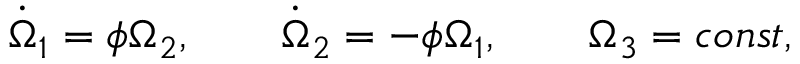
\begin{array} { r } { \dot { \Omega } _ { 1 } = \phi \Omega _ { 2 } , \qquad \dot { \Omega } _ { 2 } = - \phi \Omega _ { 1 } , \qquad \Omega _ { 3 } = c o n s t , } \end{array}